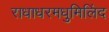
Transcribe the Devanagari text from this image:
राधाधरमधुमिलिंद